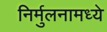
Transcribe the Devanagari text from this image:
निर्मुलनामध्ये